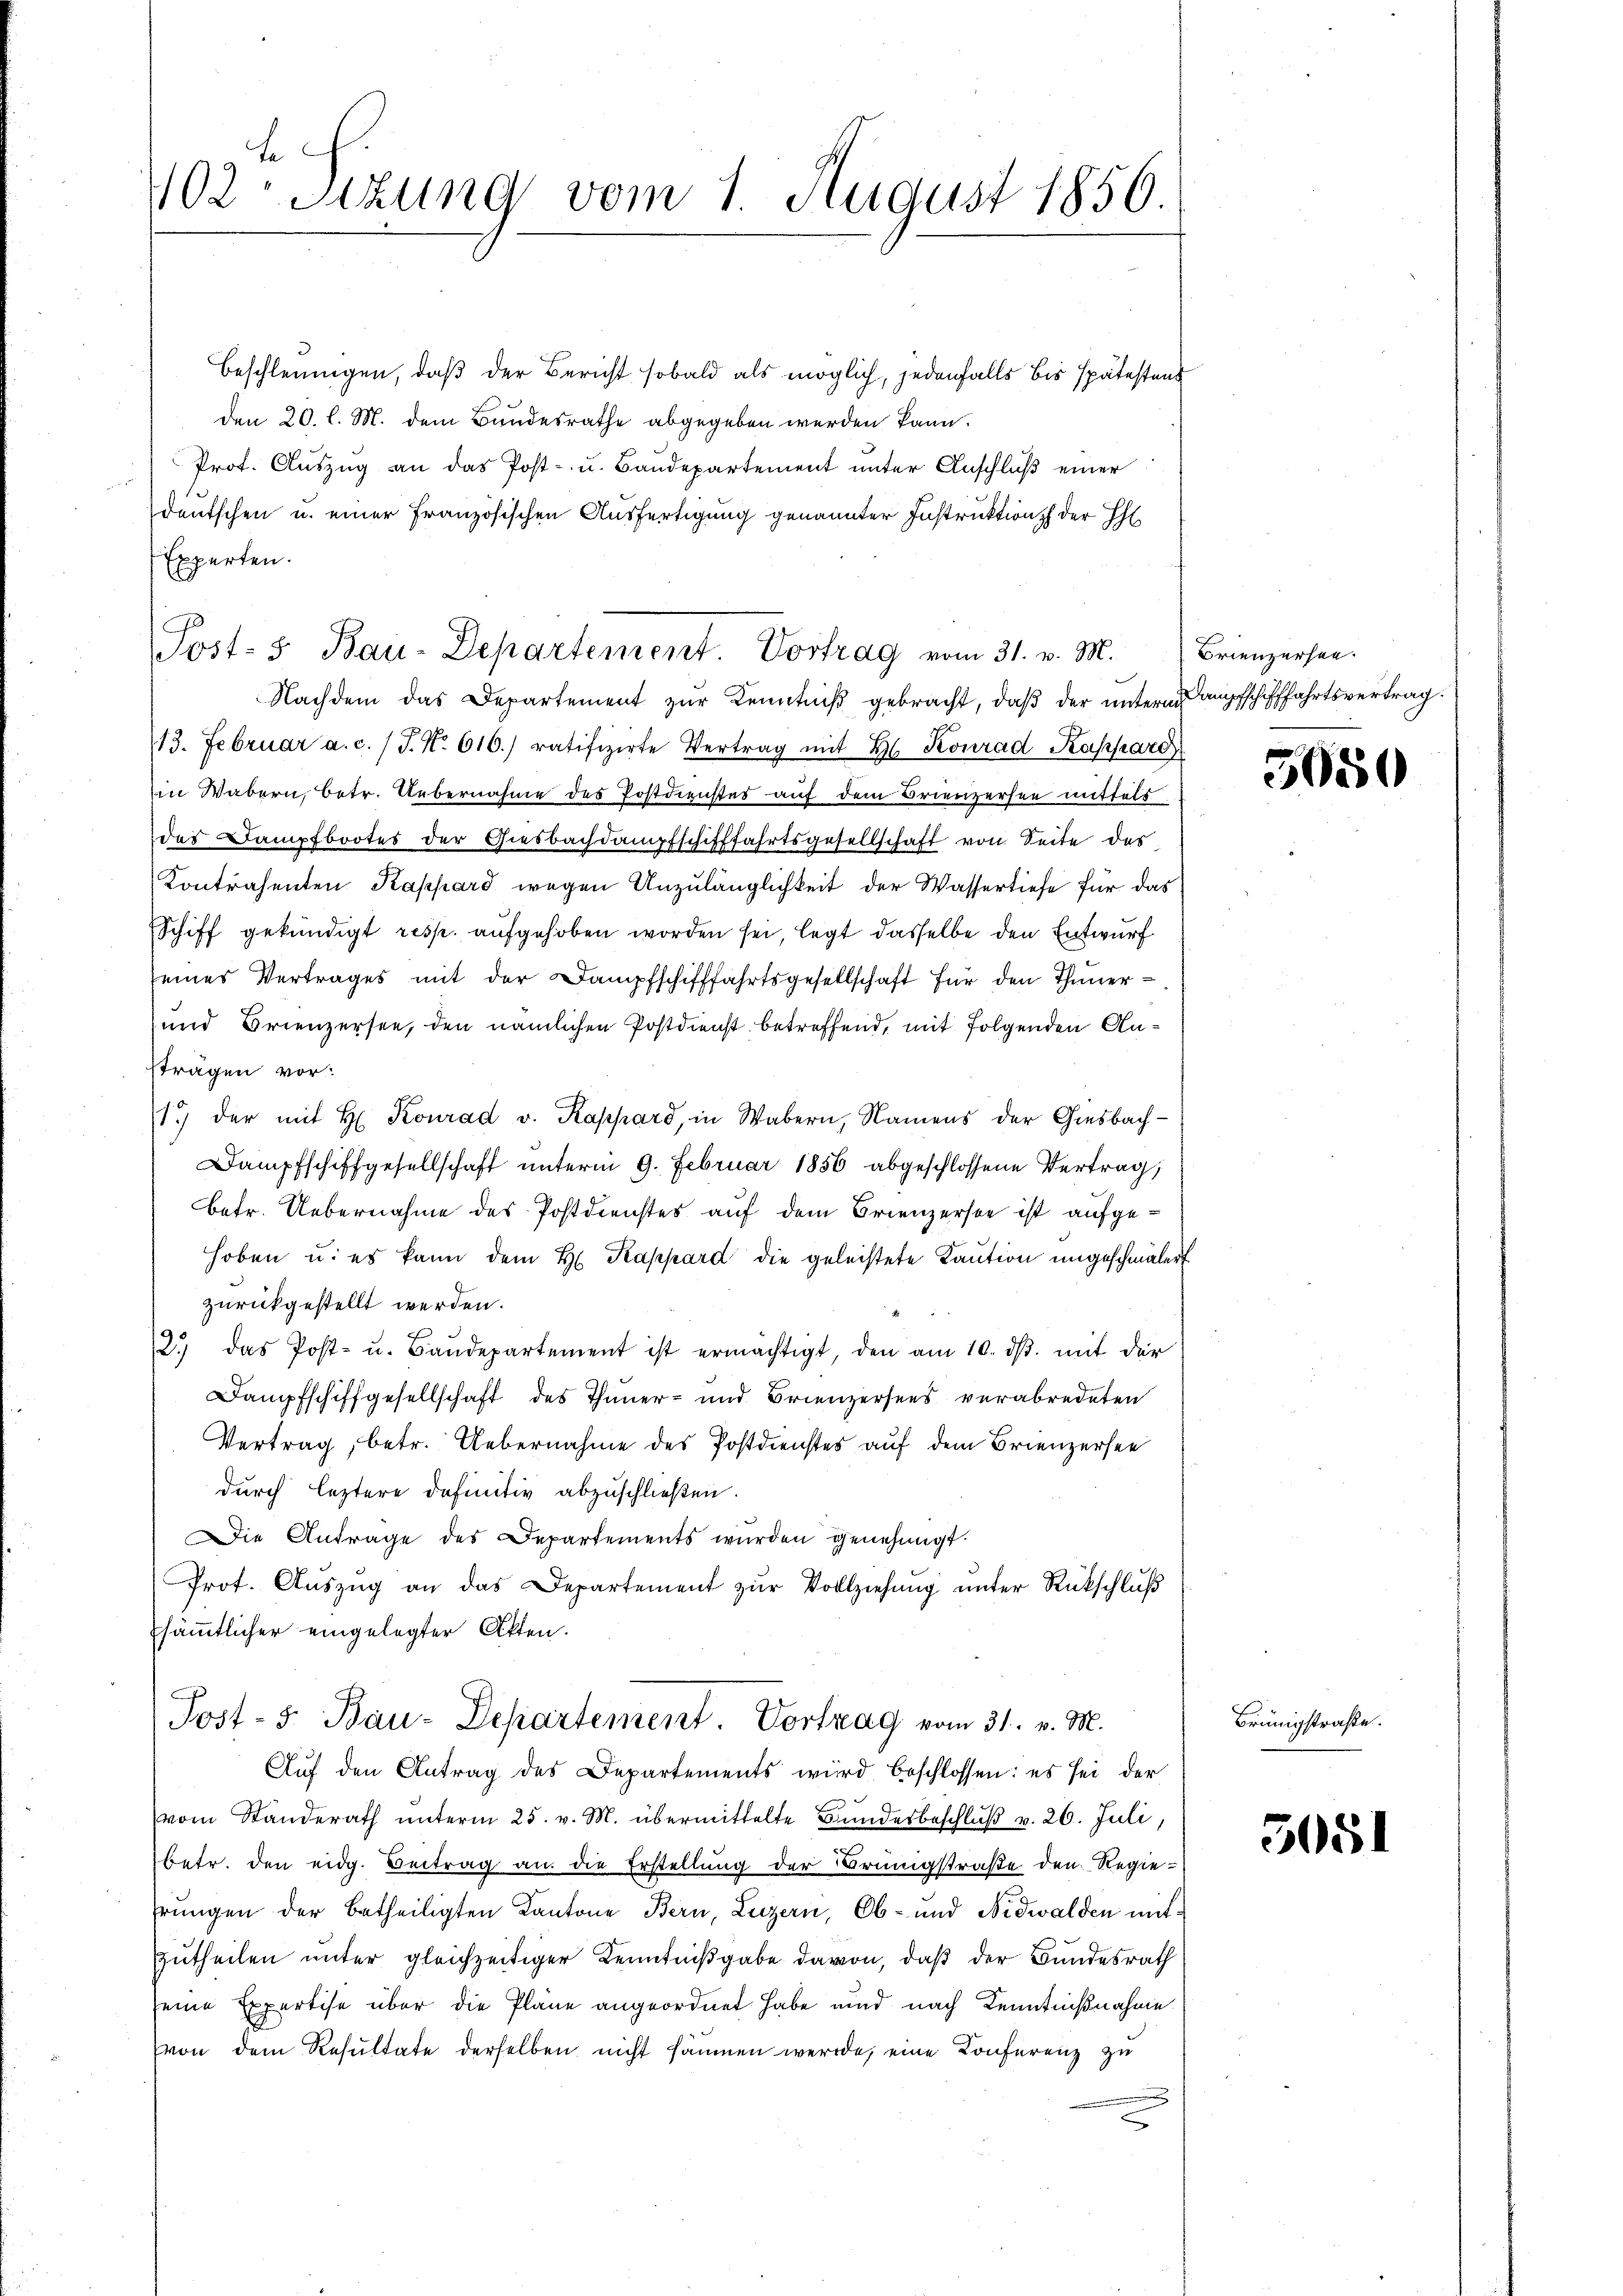
02 Sitzung vom 1. August 1856.

Beschleunigen, daß der Bericht sobald als möglich, jedenfalls bis spätestens
den 20. l. M. dem Bandesrathe abgegeben werden kann.
Prot. Auszug an das Post- u. Baudepartement unter Anschluß einer
deutschen u. einer Französischen Ausfertigung genannter Instruktion der Eh
Experten.
Nachdem das Departement zur Kenntniß gebracht, daß der unterm Kampfschifffahrtsvertrag.
13. Februar a. c. / J. No. 616.) ratifizirte Vertrag mit Hs. Konrad Kaspare
in Wabern, betr. Uebernahme des Postdienstes auf dem Brienzersee mittels
des Dampfbootes der Giesbachdampfschifffahrtsgesellschaft von Seite des
Kontrahenten Kappard wegen Anzulänglichkeit der Wassertiefe für das
Schiff gekündigt resp. aufgehoben worden sei, legt dasselbe den Entwurf
eines Vertrages mit der Dampfschifffahrtsgesellschaft für den Thuner¬
und Orienzersee, den nämlichen Postdienst betreffend, mit folgenden Anträgen vor:
1.) der mit H. Konrad v. Kappard, in Wabern, Namens der Giesbach¬
Dampfschiffgesellschaft unterm 9. Februar 1856 abgeschlossene Vertrag,
betr. Uebernahme des Postdienstes auf dem Brienzerste ist aufgehoben u. es kann dem H. Kappard die geleistete Kaution ungeschmälert
zurückgestellt werden.
2.) das Post- u. Baŭdepartement ist ermächtigt, den am 10. dβ. mit der
Dampfschiffgesellschaft des Inner- und Brienzersees verabredeten
Vertrag, betr. Uebernahme des Postdienstes auf dem Brienzersee
durch leztere Definitiv abzuschließen.
Die Antrage des Departements wurden genehmigt.
Prot. Aŭszŭg an das Departement zŭr Vollziehŭng ŭnter Rückschlŭβ
sämmtlicher eingelegter Akten.
Post- 5. Bau-Departement. Vortrag vom 31. v. M.
Auf den Antrag des Departements wird beschlossen: es sei der
vom Standerath unterm 25. v. M. übermittelte Bundesbeschluß v. 26. Juli,
betr. den eidg. Beitrag an die Erstellung der Brüngstraße den Regiehrungen der betheiligten Kantone Bern, Luzern, Ob- und Nidwalden mitzutheilen unter gleichzeitiger Kenntnißgabe davon, daß der Bundesrath
seine Expertise über die Pläne angeordnet habe und nach Kenntnißnahme.
von dem Resultate derselben nicht säumen werde, eine Konferenz zu

Post- & Bau-Departement. Vortrag vom 31. v. M.

Brienzerhan

5050

Brünigstraße.

5081